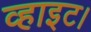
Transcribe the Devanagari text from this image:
व्हाइट।